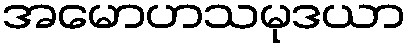
အမောဟသမုဒယာ